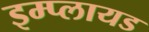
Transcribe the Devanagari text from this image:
इम्प्लायड